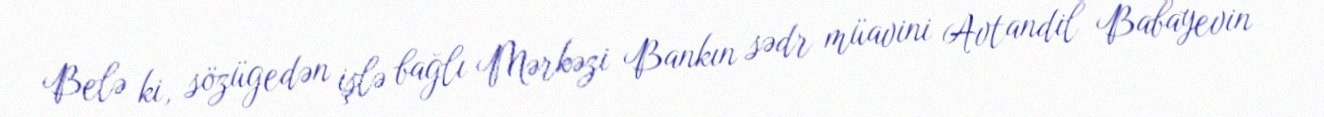
Belə ki, sözügedən işlə bağlı Mərkəzi Bankın sədr müavini Avtandil Babayevin